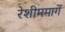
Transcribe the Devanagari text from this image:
रेशीममार्गे